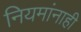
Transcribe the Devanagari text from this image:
नियमांनाही